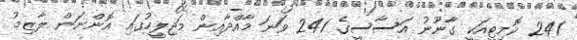
241 ކޮމިޓީއަކީ ގާނޫނު އަސާސީގެ 241 ވަނަ މާއްދާއިން މަޖިލީހުގައި އޮންނަން ލާޒިމު